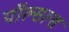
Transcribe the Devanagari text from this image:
पॉल्सल्स